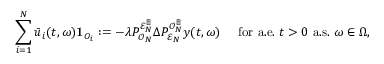
\sum _ { i = 1 } ^ { N } \bar { u } _ { i } ( t , \omega ) \mathbf { 1 } _ { O _ { i } } : = - \lambda P _ { \mathcal { O } _ { N } } ^ { \mathcal { E } _ { N } ^ { \perp } } \Delta P _ { \mathcal { E } _ { N } } ^ { \mathcal { O } _ { N } ^ { \perp } } y ( t , \omega ) \quad \mathrm { ~ f o r ~ a . e . ~ } t > 0 \mathrm { ~ a . s . ~ } \omega \in \Omega ,